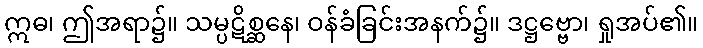
ဣဓ၊ ဤအရာ၌။ သမ္ပဋိစ္ဆနေ၊ ဝန်ခံခြင်းအနက်၌။ ဒဋ္ဌဗ္ဗော၊ ရှုအပ်၏။